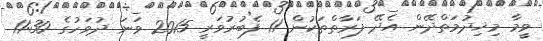
ވީމާ މިޚިދުމަތްދޭން އެދޭ ފަރާތްތަކުން 11 ފެބުރުވަރީ 2015 ވަނަ ދުވަހުގެ 11:30